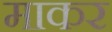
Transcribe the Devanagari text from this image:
माकर